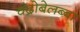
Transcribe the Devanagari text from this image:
चंद्रोबेलब्बा